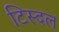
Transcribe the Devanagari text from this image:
टिस्दल